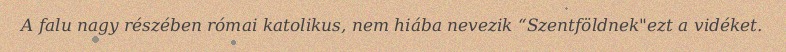
A falu nagy részében római katolikus, nem hiába nevezik “Szentföldnek"ezt a vidéket.